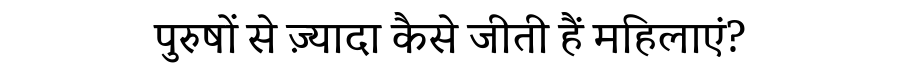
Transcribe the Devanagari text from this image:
पुरुषों से ज़्यादा कैसे जीती हैं महिलाएं?